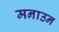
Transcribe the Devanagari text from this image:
मनाउन